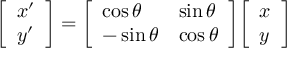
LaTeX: { \left[ \begin{array} { l } { x ^ { \prime } } \\ { y ^ { \prime } } \end{array} \right] } = { \left[ \begin{array} { l l } { \cos \theta } & { \sin \theta } \\ { - \sin \theta } & { \cos \theta } \end{array} \right] } { \left[ \begin{array} { l } { x } \\ { y } \end{array} \right] }